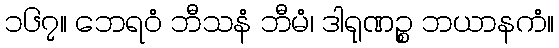
၁၆၇။ ဘေရဝံ ဘီသနံ ဘီမံ၊ ဒါရုဏဉ္စ ဘယာနကံ။